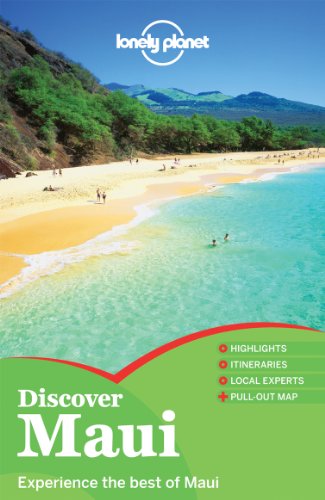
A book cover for Lonely Planet Discover Maui (Travel Guide); Lonely Planet; Travel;